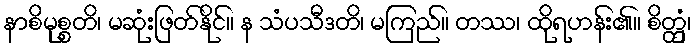
နာစိမုစ္စတိ၊ မဆုံးဖြတ်နိုင်။ န သံပသီဒတိ၊ မကြည်။ တဿ၊ ထိုရဟန်း၏။ စိတ္တှံ၊